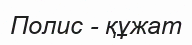
Полис - құжат